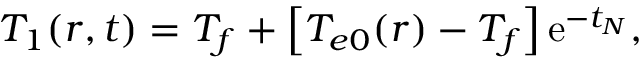
T _ { 1 } ( r , t ) = T _ { f } + \left[ T _ { e 0 } ( r ) - T _ { f } \right] \mathrm { e } ^ { - t _ { N } } ,